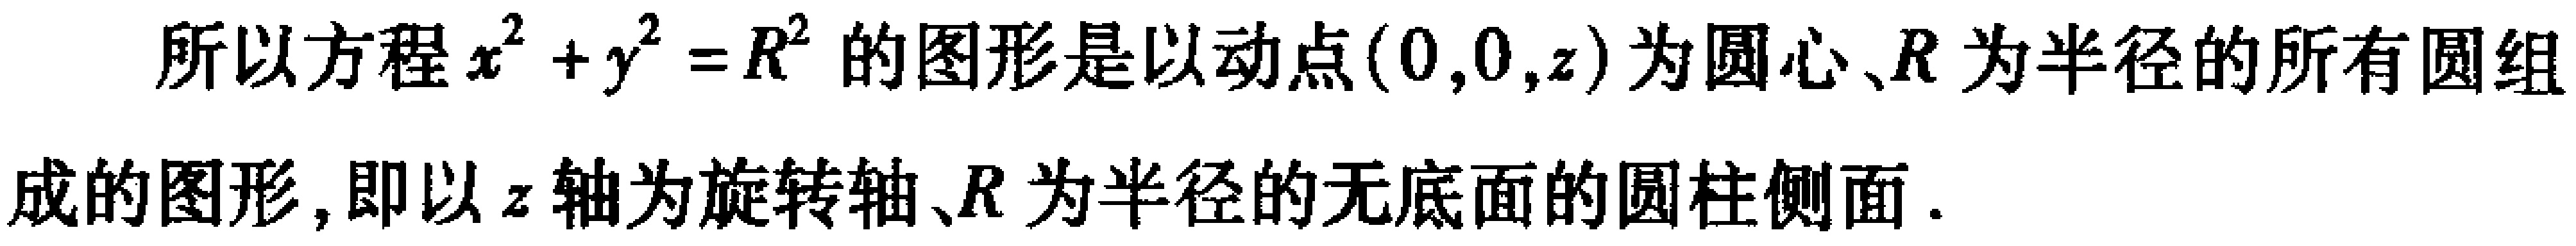
所以方程\(x^{2}+y^{2}=R^{2}\)的图形是以动点\((0,0,z)\)为圆心、\(R\)为半径的所有圆组成的图形，即以\(z\)轴为旋转轴、\(R\)为半径的无底面的圆柱侧面.